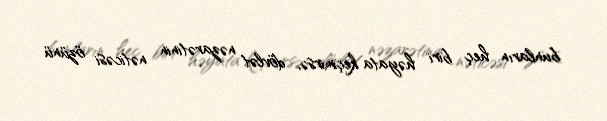
bunların heç biri həyata keçmirsə, dövlət nəzarətinin nəticəsi özünü